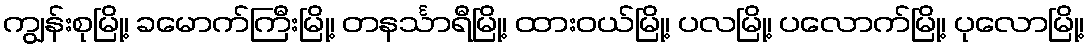
ကျွန်းစုမြို့၊ ခမောက်ကြီးမြို့၊ တနင်္သာရီမြို့၊ ထားဝယ်မြို့၊ ပလမြို့၊ ပလောက်မြို့၊ ပုလောမြို့၊